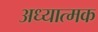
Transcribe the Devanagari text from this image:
अध्यात्मक